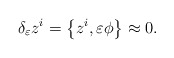
\begin{align*}\delta _{\varepsilon }z^{i}=\left\{ z^{i},\varepsilon \phi \right\} \approx0. \end{align*}